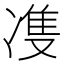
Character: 𭂙